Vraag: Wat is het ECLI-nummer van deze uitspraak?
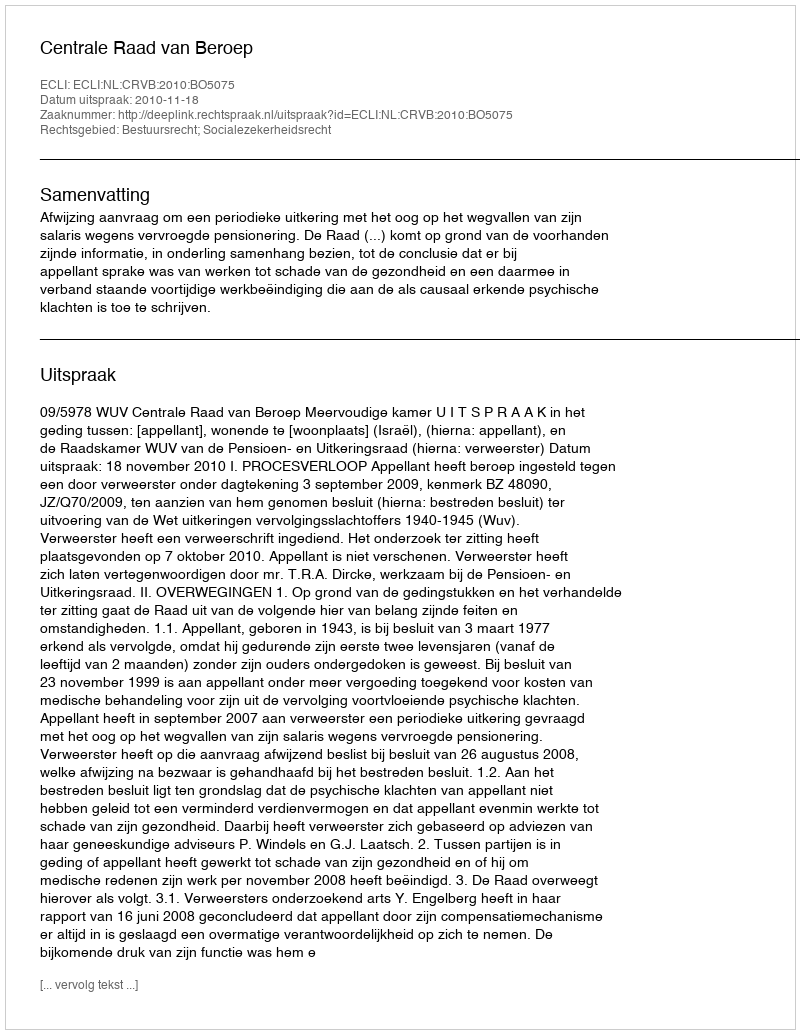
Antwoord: ECLI:NL:CRVB:2010:BO5075